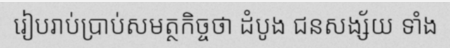
រៀបរាប់ប្រាប់សមត្ថកិច្ចថា ដំបូង ជនសង្ស័យ ទាំង